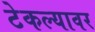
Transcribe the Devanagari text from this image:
टेकल्यावर